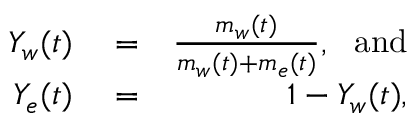
\begin{array} { r l r } { Y _ { w } ( t ) } & { { } = } & { { \frac { m _ { w } ( t ) } { m _ { w } ( t ) + m _ { e } ( t ) } } , ~ ~ \mathrm { a n d } } \\ { Y _ { e } ( t ) } & { { } = } & { 1 - Y _ { w } ( t ) , } \end{array}